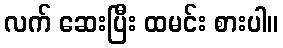
လက် ဆေးပြီး ထမင်း စားပါ။